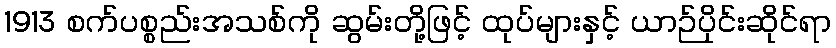
1913 စက်ပစ္စည်းအသစ်ကို ဆွမ်းတို့ဖြင့် ထုပ်များနှင့် ယာဉ်ပိုင်းဆိုင်ရာ